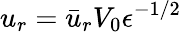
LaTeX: u_{r}=\bar{u}_{r}V_{0}{\epsilon}^{-1/2}